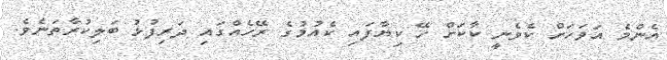
އެންމެ އަވަހަށް ކެވެނީ ކާކަށް ހޭ ކިޔާފައި ކެއުމުގެ ރޭހެއްގައި ދަރިފުޅު ބަލިކުރާތަނެވެ.